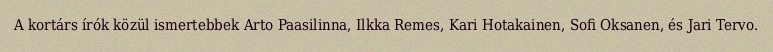
A kortárs írók közül ismertebbek Arto Paasilinna, Ilkka Remes, Kari Hotakainen, Sofi Oksanen, és Jari Tervo.